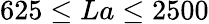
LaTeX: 625\leq La\leq 2500